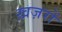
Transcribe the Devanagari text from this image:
ख़ज़रों